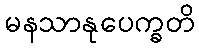
မနသာနုပေက္ခတိ